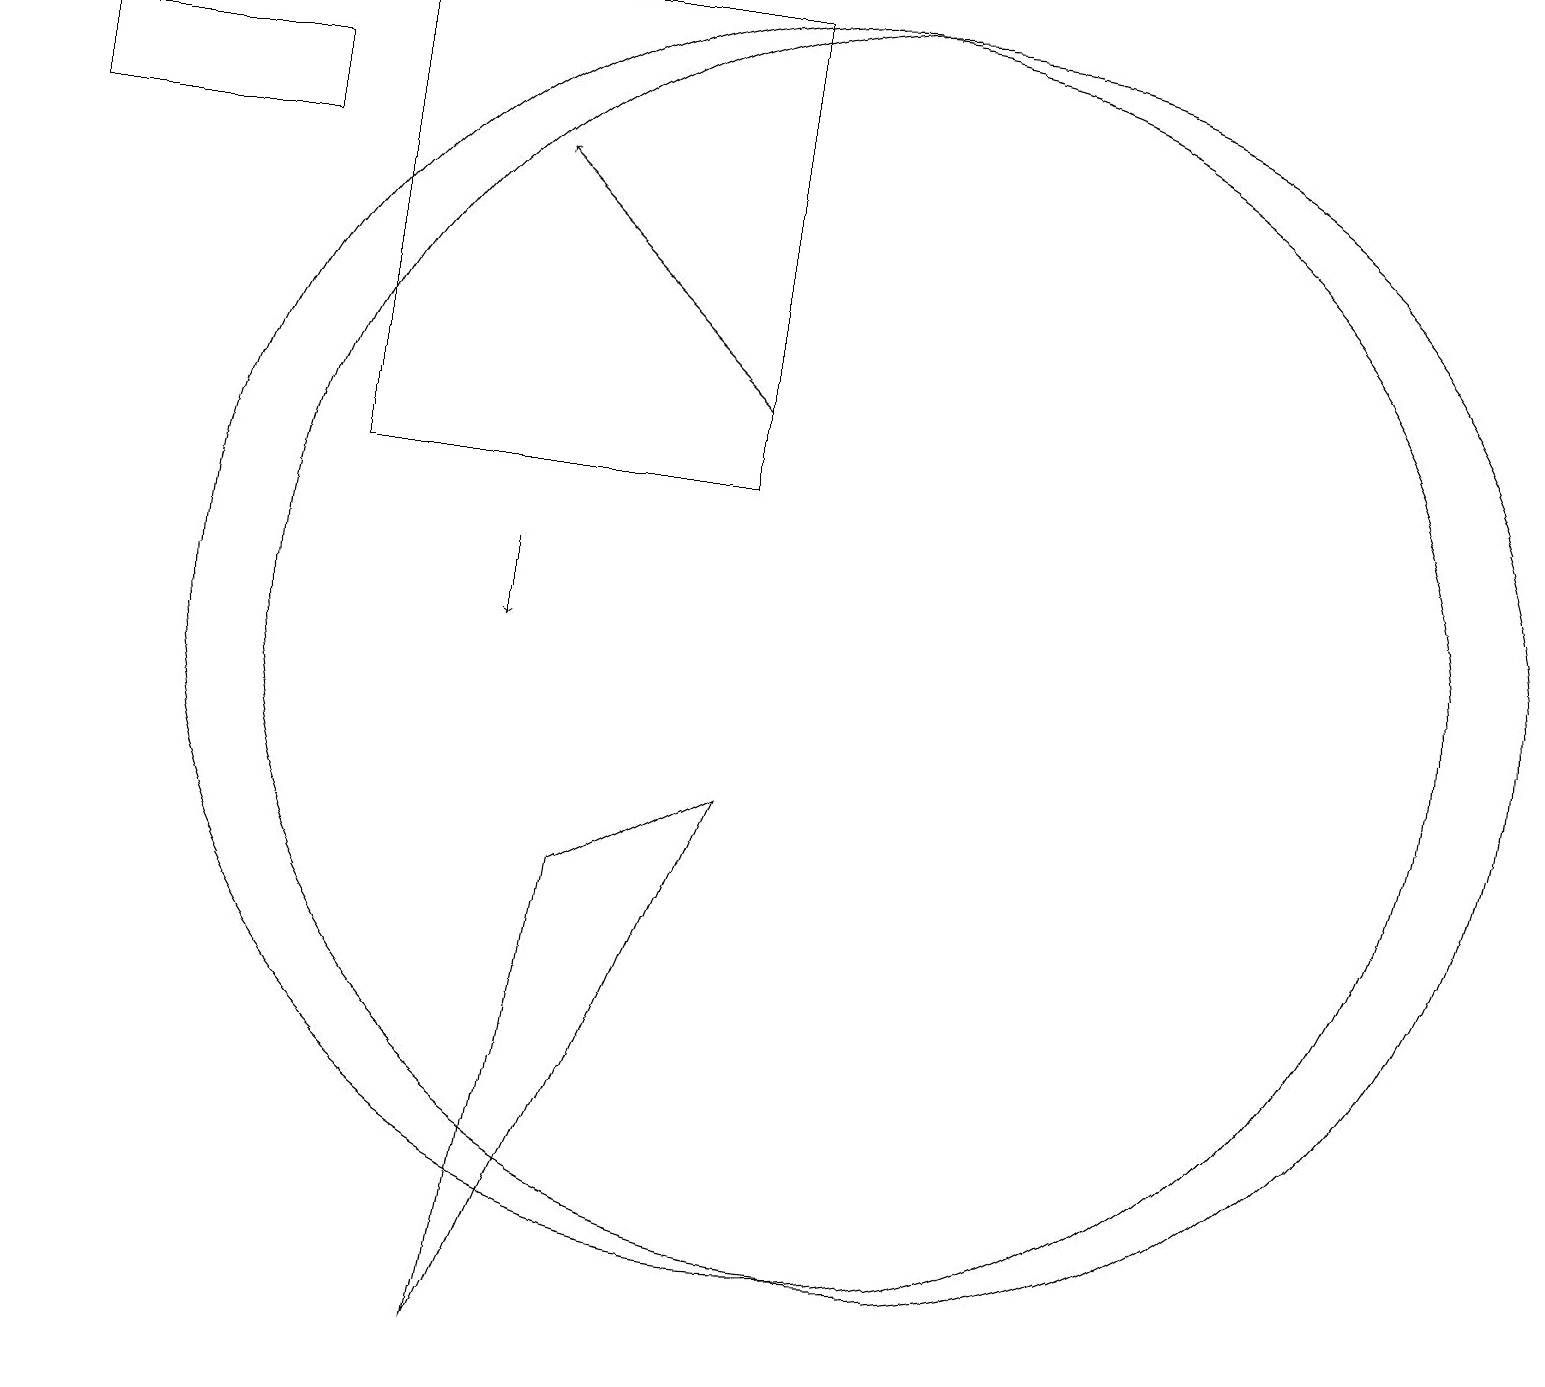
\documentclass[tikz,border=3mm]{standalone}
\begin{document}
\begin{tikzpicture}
\draw (11,10) circle (8);
\draw (3,16) rectangle (0,17);
\draw[->] (9,13) -- (6,16);
\draw[->] (6,11) -- (6,10);
\draw (10,10) circle (8);
\draw (9,8) -- (6,1) -- (7,7) -- cycle;
\draw (4,12) rectangle (9,18);
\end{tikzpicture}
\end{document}